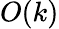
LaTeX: O(k)